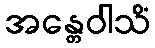
အန္တေဝါသိံ